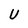
Character: U